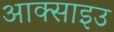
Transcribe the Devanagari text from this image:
आक्साइउ